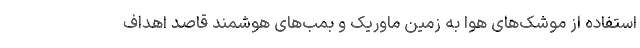
استفاده از موشک‌های هوا به زمین ماوریک و بمب‌های هوشمند قاصد اهداف